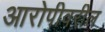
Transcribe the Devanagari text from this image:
आरोपीवरील